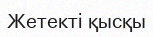
Жетекті қысқы